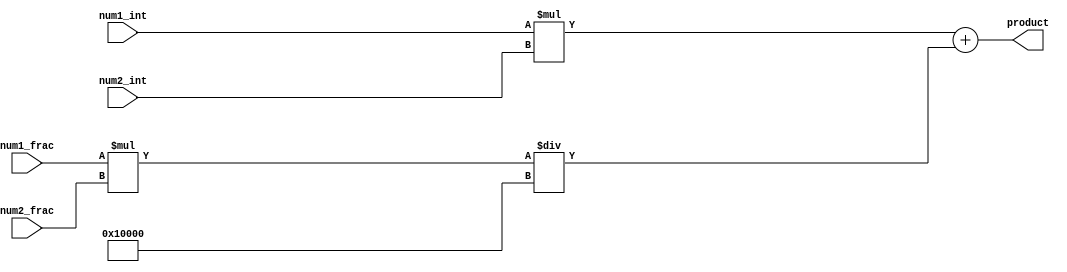
module fixed_point_multiplier (
    input signed [15:0] num1_int,
    input signed [15:0] num1_frac,
    input signed [15:0] num2_int,
    input signed [15:0] num2_frac,
    output reg signed [31:0] product
);

reg signed [31:0] result_int;
reg signed [31:0] result_frac;

// Arithmetic block for integer part multiplication
always @(*) begin
    result_int = num1_int * num2_int;
end

// Arithmetic block for fractional part multiplication
always @(*) begin
    result_frac = (num1_frac * num2_frac) / 65536; // Division by 2^16 to get fractional part
end

// Accumulation block for adding integer and fractional parts
always @(*) begin
    product = result_int + result_frac;
end

endmodule